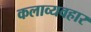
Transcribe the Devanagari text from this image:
कलाव्यवहार